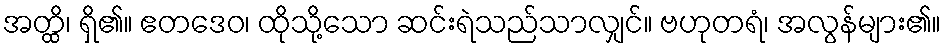
အတ္ထိ၊ ရှိ၏။ ဧတဒေဝ၊ ထိုသို့သော ဆင်းရဲသည်သာလျှင်။ ဗဟုတရံ၊ အလွန်များ၏။